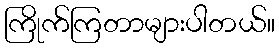
ကြိုက်ကြတာများပါတယ်။